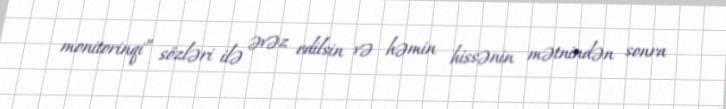
monitorinqi” sözləri ilə əvəz edilsin və həmin hissənin mətnindən sonra